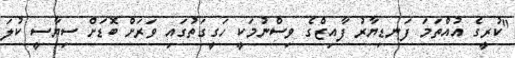
"ކުރީގެ އުއްތަމަ ފަނޑިޔާރު ފާއިޒްގެ ވިސްނުމަކީ ހަގީގަތުގައި ވަރަށް ބޮޑަށް ސިޔާސީ ކުލަ